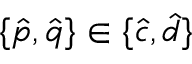
\{ \hat { p } , \hat { q } \} \in \{ \hat { c } , \hat { d } \}